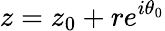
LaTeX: z=z_{0}+re^{i\theta_{0}}